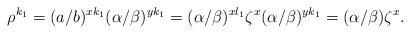
LaTeX: \begin{align*} \rho^{k_1}=(a/b)^{xk_1}(\alpha/\beta)^{yk_1}=(\alpha/\beta)^{xl_1}\zeta^x(\alpha/\beta)^{yk_1}=(\alpha/\beta)\zeta^x.\end{align*}